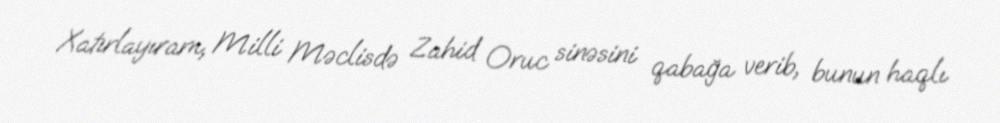
Xatırlayıram, Milli Məclisdə Zahid Oruc sinəsini qabağa verib, bunun haqlı